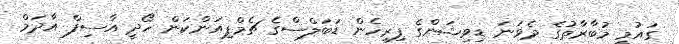
ގައުމީ މުބާރާތުގެ ދެވަނަ ޑިވިޝަންގެ ފިރިހެން ޑަބަލްސްގެ ޗެމްޕިއަންކަން ހޯދީ އާސިފް އާދަމް